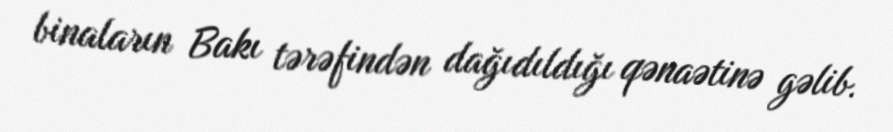
binaların Bakı tərəfindən dağıdıldığı qənaətinə gəlib.